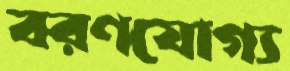
বরণযোগ্য